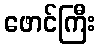
ဖောင်ကြီး